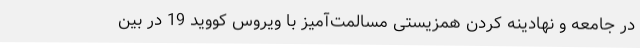
در جامعه و نهادینه کردن همزیستی مسالمت‌آمیز با ویروس کووید 19 در بین